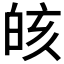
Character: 𰤗